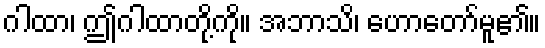
ဂါထာ၊ ဤဂါထာတို့ကို။ အဘာသိ၊ ဟောတော်မူ၏။